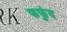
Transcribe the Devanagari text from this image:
फफुंद